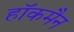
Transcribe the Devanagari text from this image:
हाॅकमैन